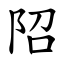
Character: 䧂